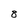
Character: 8